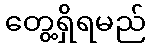
တွေ့ရှိရမည်